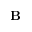
{ \bf B }